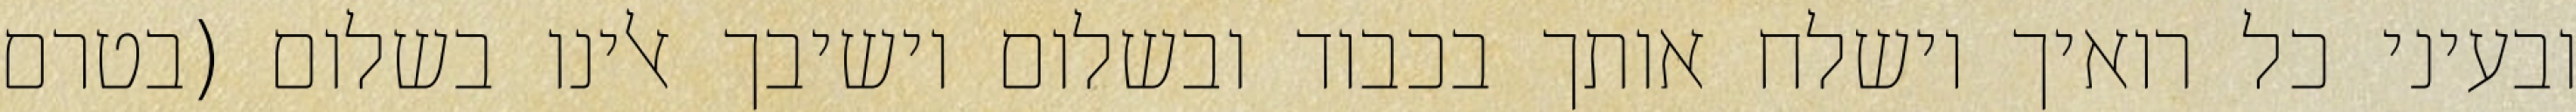
ובעיני כל רואיך וישלח אותך בכבוד ובשלום וישיבך אלינו בשלום (בטרם